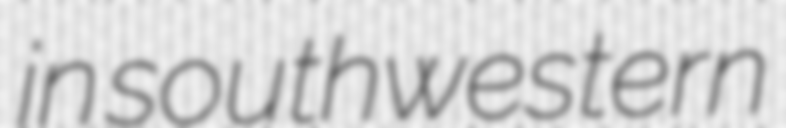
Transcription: in southwestern